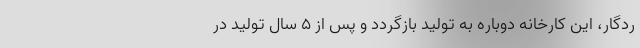
ردگار، این کارخانه دوباره به تولید بازگردد و پس از ۵ سال تولید در